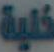
خلية